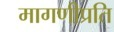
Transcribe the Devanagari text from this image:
मागणीप्रति